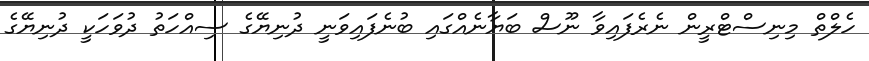
ހެލްތް މިނިސްޓްރީން ނެރެފައިވާ ނޫސް ބަޔާނެއްގައި ބުނެފައިވަނީ ދުނިޔޭގެ ސިއްހަތު ދުވަހަކީ ދުނިޔޭގެ